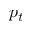
p _ { t }